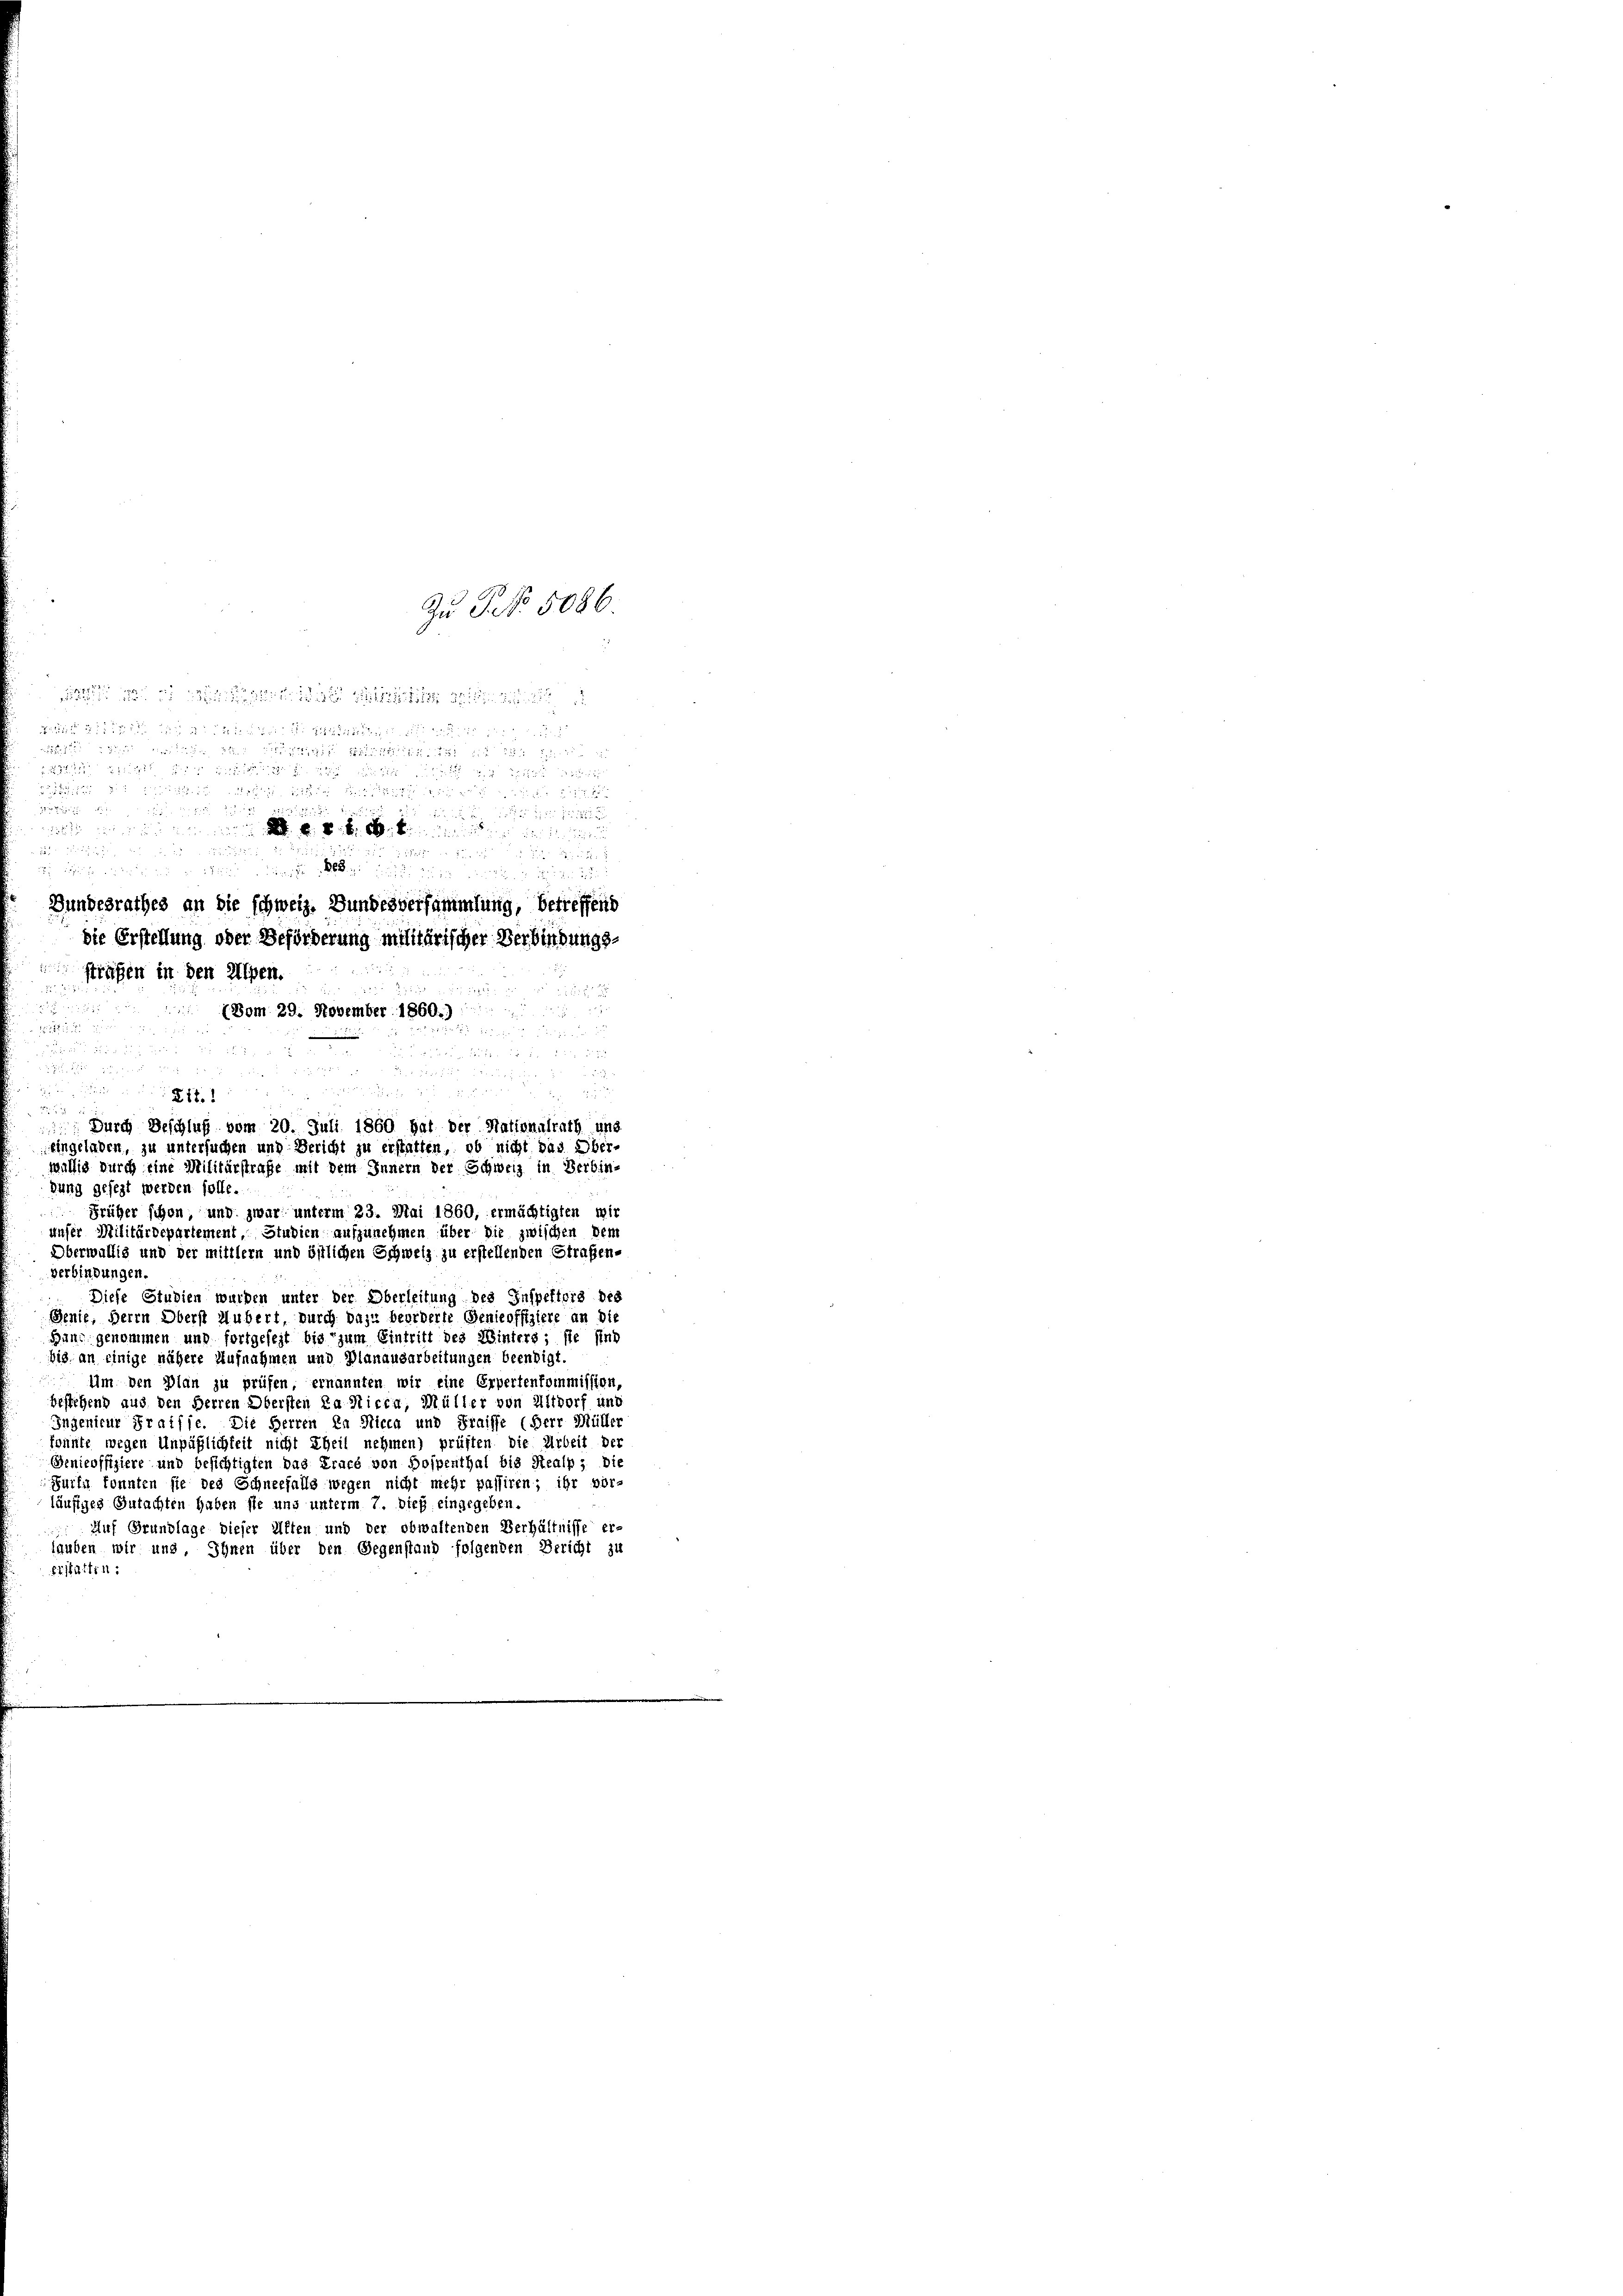
g

1

 en einen begeben meinden ein meinend

Gundesrathes an die schweiz. Bundesversammlung, betreffend
die Erstellung oder Beförderung militärischer Verbindungs-
strafen in den Alpen.
(Vom 29. November 1860.)
N 22

e

Früher schon, und zwar unterm 23. Mai 1860, ermächtigten wir
unser Militärdepartement, Stubien aufzunehmen über die zwischen dem
Oberwallis und der mittlern und östlichen Schweiz zu erstellenden Straßen-
verbindungen.
Diese Studien wurden unter der Überleitung des Inspektors des
Genie, Herrn Oberst Hubert, durch dazu beorderte Genicoffiziere an die
Huns genommen und fortgefest bis zum Eintritt des Winters; sie sind
bis an einige nähere Aufnahmen und Planausarbeitungen beendigt.
um den Plan zu prüfen, ernannten wir eine Erpertenkommission
bestehend aus den Herren Obersten ka Nicca, Müller von Altdorf und
Ingenieur Fraisse. Die Herren In Nicca und Fraisse (Herr Müller
konnte wegen Unpäßlichkeit nicht theil nehmen) prüften die Arbeit der
Genicoffiziere und besichtigten das Eracé von Bospenthal bis Stealp, die
Hurfn konnten sie des Schneefalls wegen nicht mehr passiren; ihr vor-
läufiges Gutachten haben sie uns unterm 7. dieß eingegeben.
Auf Grundlage dieser Alten und der obwaltenden Verhältnisse er-
lauben wir und, Ihnen über den Gegenstand folgenden Bericht zu
Erstatten:

Zu P. No 5086

e

Zit.1

Durch Beschluß vom 20. Juli 1860 hat der Nationalrath und
125
eingeladen, zu untersuchen und Bericht zu erstatten, ob nicht das Ober-
willig durch eine Militärstrafe mit dem Innern der Schweiz in Verbin-
dung gesezt werden solle.